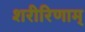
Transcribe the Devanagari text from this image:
शरीरिणाम्